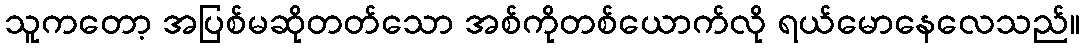
သူကတော့ အပြစ်မဆိုတတ်သော အစ်ကိုတစ်ယောက်လို ရယ်မောနေလေသည်။